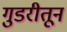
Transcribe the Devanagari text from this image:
गुडरीतून